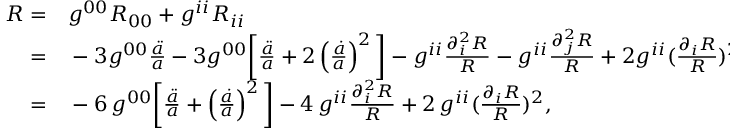
\begin{array} { r l } { R = } & { { } g ^ { 0 0 } R _ { 0 0 } + g ^ { i i } R _ { i i } } \\ { = } & { { } - 3 g ^ { 0 0 } \frac { \ddot { a } } { a } - 3 g ^ { 0 0 } \bigg [ \frac { \ddot { a } } { a } + 2 \left( \frac { \dot { a } } { a } \right) ^ { 2 } \bigg ] - g ^ { i i } \frac { \partial _ { i } ^ { 2 } R } { R } - g ^ { i i } \frac { \partial _ { j } ^ { 2 } R } { R } + 2 g ^ { i i } ( \frac { \partial _ { i } R } { R } ) ^ { 2 } } \\ { = } & { { } - 6 \, g ^ { 0 0 } \bigg [ \frac { \ddot { a } } { a } + \left( \frac { \dot { a } } { a } \right) ^ { 2 } \bigg ] - 4 \, g ^ { i i } \frac { \partial _ { i } ^ { 2 } R } { R } + 2 \, g ^ { i i } ( \frac { \partial _ { i } R } { R } ) ^ { 2 } , } \end{array}